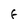
Character: F